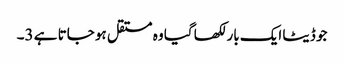
جو ڈیٹا ایک بار لکھا گیا وہ مستقل ہو جاتا ہے 3۔